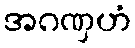
အဂဏှဟံ